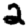
Digit: 2